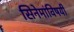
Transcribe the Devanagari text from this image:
सिनेमांविषयी